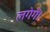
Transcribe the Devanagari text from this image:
लगेगें।